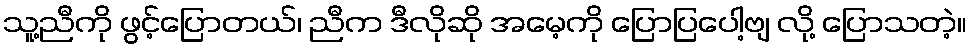
သူ့ညီကို ဖွင့်ပြောတယ်၊ ညီက ဒီလိုဆို အမေ့ကို ပြောပြပေါ့ဗျ လို့ ပြောသတဲ့။